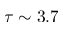
\tau \sim 3 . 7